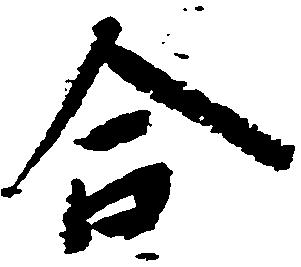
合